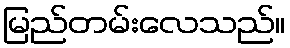
မြည်တမ်းလေသည်။